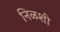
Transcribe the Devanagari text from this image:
निळशी